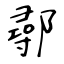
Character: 鄩